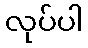
လုပ်ပါ